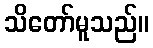
သိတော်မူသည်။